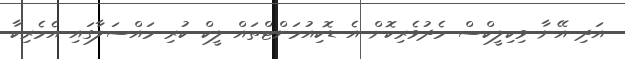
އަދި އޭނާ ވިކިލީކްސް މެދުވެެރިކޮށް އެ ޑޮކިއުމަންޓްތައް ލީކް ކުރި މައްސަލާގައި އެމެރިކާ